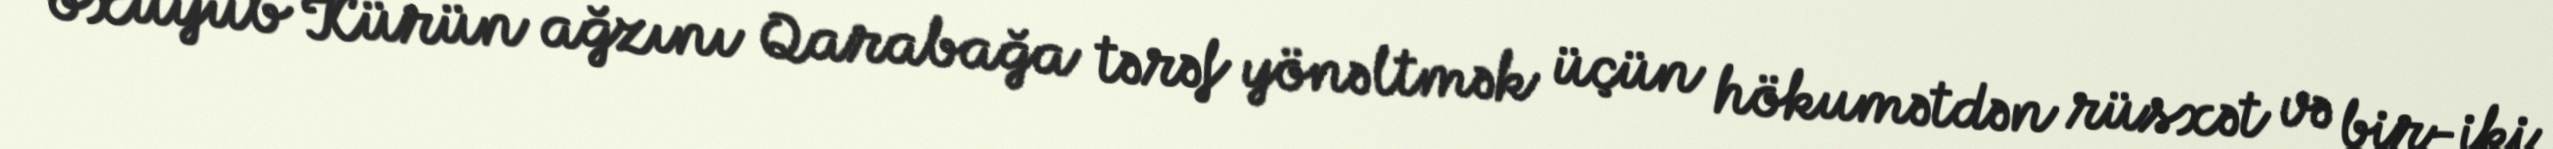
oxuyub Kürün ağzını Qarabağa tərəf yönəltmək üçün hökumətdən rüsxət və bir-iki